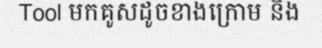
Tool មកគូសដូចខាងក្រោម និង